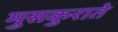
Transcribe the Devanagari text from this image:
मुसकुराते